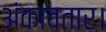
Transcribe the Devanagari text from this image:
अंकावतार।